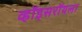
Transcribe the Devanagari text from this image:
व्हॉइसरॉयला